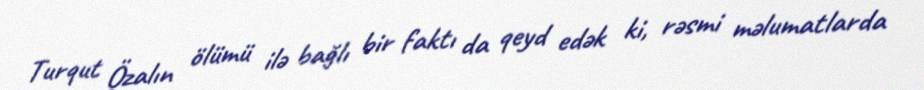
Turqut Özalın ölümü ilə bağlı bir faktı da qeyd edək ki, rəsmi məlumatlarda